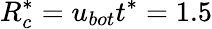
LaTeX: R_{c}^{*}={{u}_{bot}}{{t}^{*}}=1.5